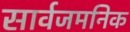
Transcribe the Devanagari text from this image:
सार्वजमनिक